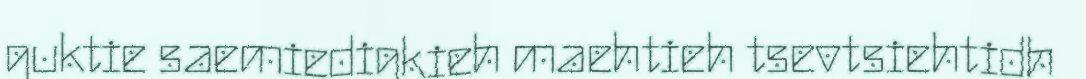
guktie saemiedigkieh maehtieh tsevtsiehtidh